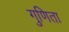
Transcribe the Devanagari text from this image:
गुणिता